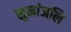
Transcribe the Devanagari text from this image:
सुमांजलि